Leaving Certificate Examination, 1925
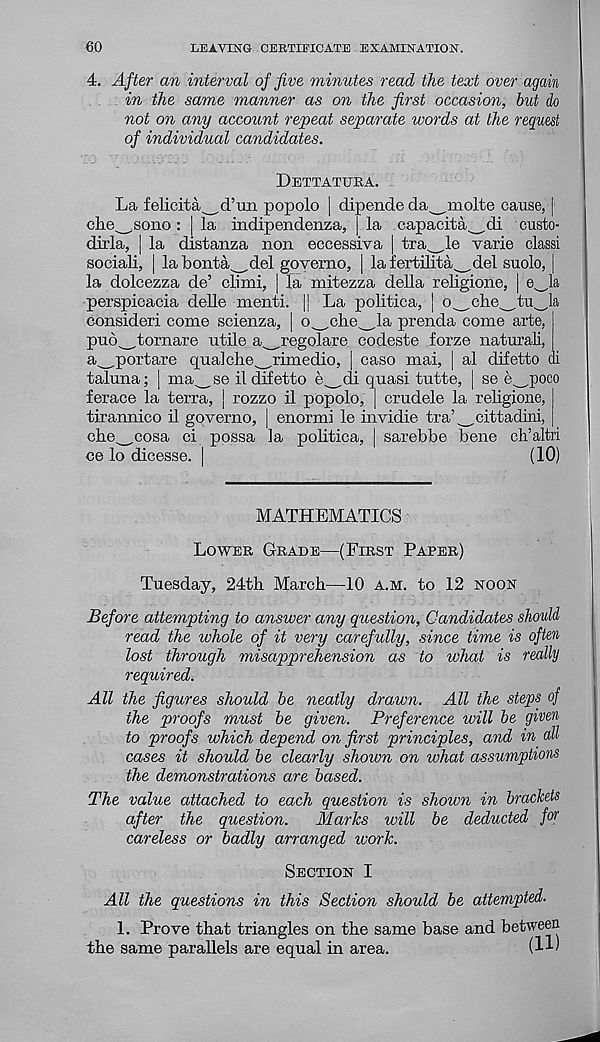
60
LEAVING CERTIFICATE EXAMINATION.
4. After an interval of five minutes read the text over again
in the same manner as on the first occasion, but do
not on any account repeat separate words at the request
of individual candidates.
Dettatuba.
La felicita^d’un popolo | dipende da^molte cause, [
che^sono: | la indipendenza, ] la capacitated custo-
dirla, | la distanza non eccessiva | trat-le varie classi
sociali, | la bonta.tdel governo, | la fertilitatdel suolo, j
la dolcezza de’ climi, | la mitezza della religione, | e^la
perspicacia delle menti. |j La politica, j Ot.chet'dOa
consideri come scienza, | Ot c l ie ^l a prenda come arte,
puOttornare utile at r egolare codeste forze natural!,
atP or tare qua! che^Lmedio, | caso mai, | al difetto di
taluna; | mat se d difetto e^-di quasi tutte, | se CtP0 C0
ferace la terra, j rozzo il popolo, | crudele la religione,
tirannico il governo, | enormi le invidie tra’^cittadini,
chetCosa ci possa la politica, | sarebbe bene ch’altri
ce lo dicesse. |
(10)
MATHEMATICS
Lower Grade—(First Paper)
Tuesday, 24th March—10 a.m. to 12 noon
Before attempting to answer any question, Candidates should
read the whole of it very carefully, since time is often
lost through misapprehension as to what is really
required.
All the figures should be neatly drawn. All the steps of
the proofs must be given. Preference will be given
to proofs which depend on first principles, and in all
cases it should be clearly shown on what assumptions
the demonstrations are based.
The value attached to each question is shown in brackets
after the question.
Marks will be deducted far
careless or badly arranged ivork.
Section I
All the questions in this Section should be attempted.
1. Prove that triangles on the same base and between
the same parallels are equal in area.
(1-C